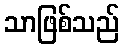
သာဖြစ်သည်